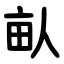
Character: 畒